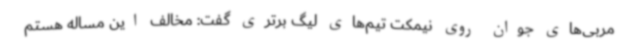
مربی‌های جوان روی نیمکت تیم‌های لیگ برتری گفت: مخالف این مساله هستم